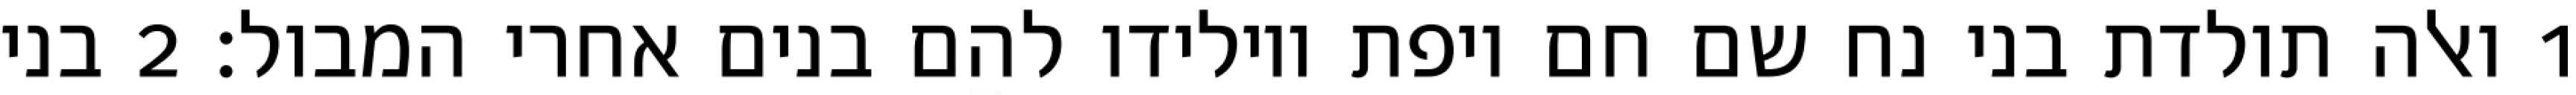
1 ואלה תולדת בני נח שם חם ויפת ויולידו להם בנים אחרי המבול׃ ‎2‏ בני